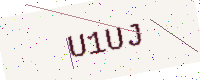
Text: U1UJ